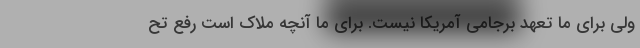
ولی برای ما تعهد برجامی آمریکا نیست. برای ما آنچه ملاک است رفع تح